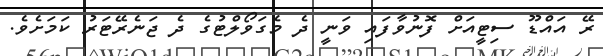
ރޭ އައްޑޫ ސިޓީއަށް ފޮނުވާފައި ވަނީ ދެ މެގަވޯލްޓުގެ ދެ ޖަނެރޭޓަރު ކަމަށެވެ.